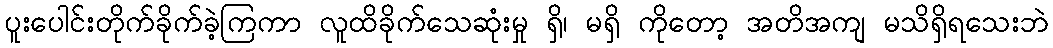
ပူးပေါင်းတိုက်ခိုက်ခဲ့ကြကာ လူထိခိုက်သေဆုံးမှု ရှိ၊ မရှိ ကိုတော့ အတိအကျ မသိရှိရသေးဘဲ